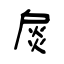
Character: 扊